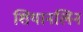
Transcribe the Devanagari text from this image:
शियानलिन